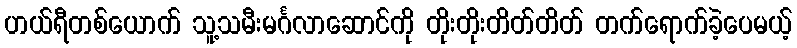
ဟယ်ရီတစ်ယောက် သူ့သမီးမင်္ဂလာဆောင်ကို တိုးတိုးတိတ်တိတ် တက်ရောက်ခဲ့ပေမယ့်